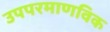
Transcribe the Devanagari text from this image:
उपपरमाणविक